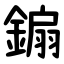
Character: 䥇